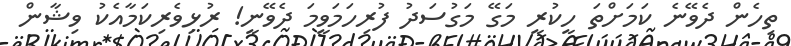
ތިހެން ދެވޭނެ ކަމަށްތަ ހީކުރީ މަގޭ މަގުސަދު ފުރިހަމަވީމަ ދެވޭނީ! ރުޅިވެރިކަމާއެކު ވިޝާން